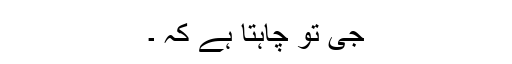
جی تو چاہتا ہے کہ ۔